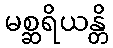
မစ္ဆရိယန္တိ